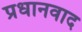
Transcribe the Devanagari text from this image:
प्रधानवाद